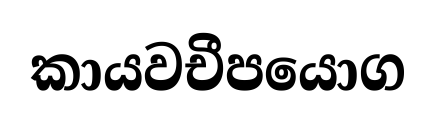
කායවචීපයොග